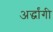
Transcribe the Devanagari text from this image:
अर्द्धांगी